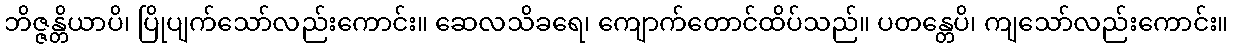
ဘိဇ္ဇန္တိယာပိ၊ ပြိုပျက်သော်လည်းကောင်း။ ဆေလသိခရေ၊ ကျောက်တောင်ထိပ်သည်။ ပတန္တေပိ၊ ကျသော်လည်းကောင်း။